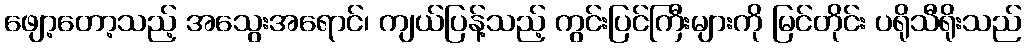
ဖျော့တော့သည့် အသွေးအရောင်၊ ကျယ်ပြန့်သည့် ကွင်းပြင်ကြီးများကို မြင်တိုင်း ပရိုသီရိုးသည်